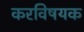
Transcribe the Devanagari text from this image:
करविषयक